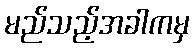
မည်သည့်အခါကမှ